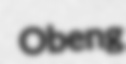
Obeng